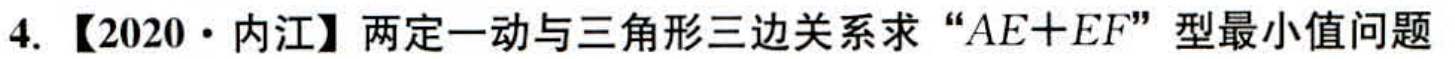
4. 【2020·内江】两定一动与三角形三边关系求 “\(AE + EF\)” 型最小值问题